65_HS1-834228961_62-HQ-83894_Section_9
Agency: FBI
Page 214
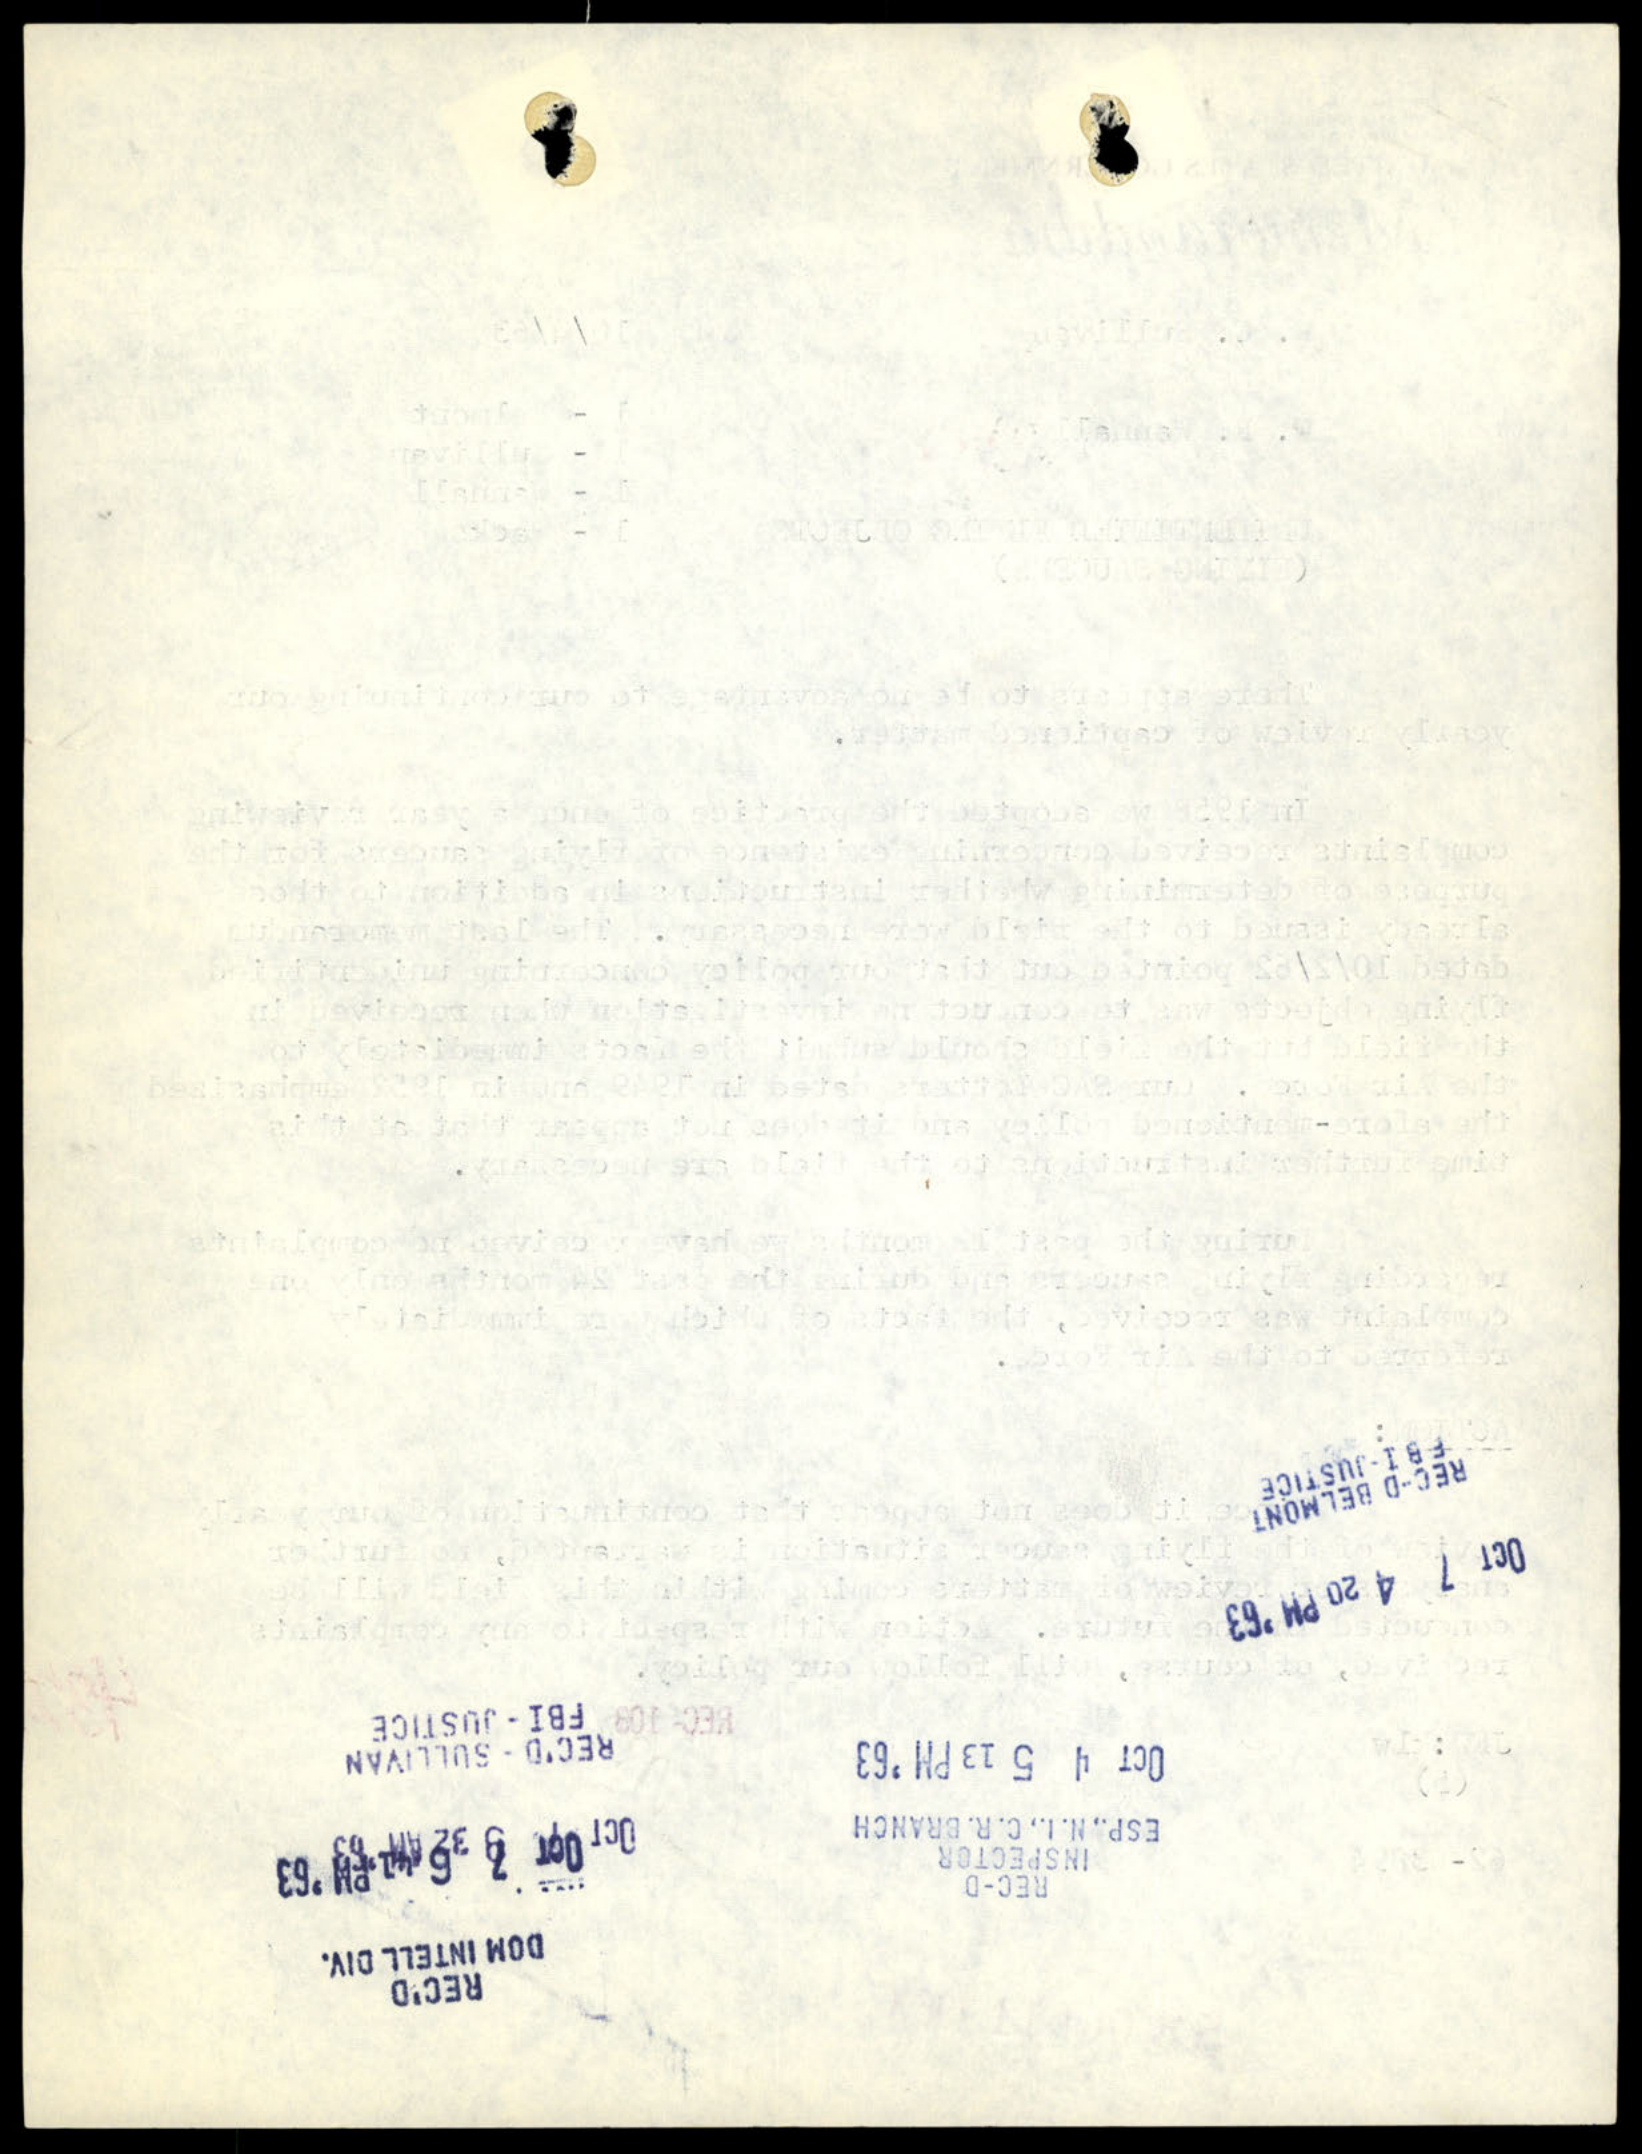